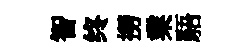
智终撈業䮏